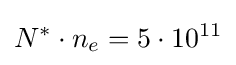
N^{*}\cdot n_{e}=5\cdot 10^{11}